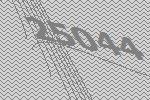
25044